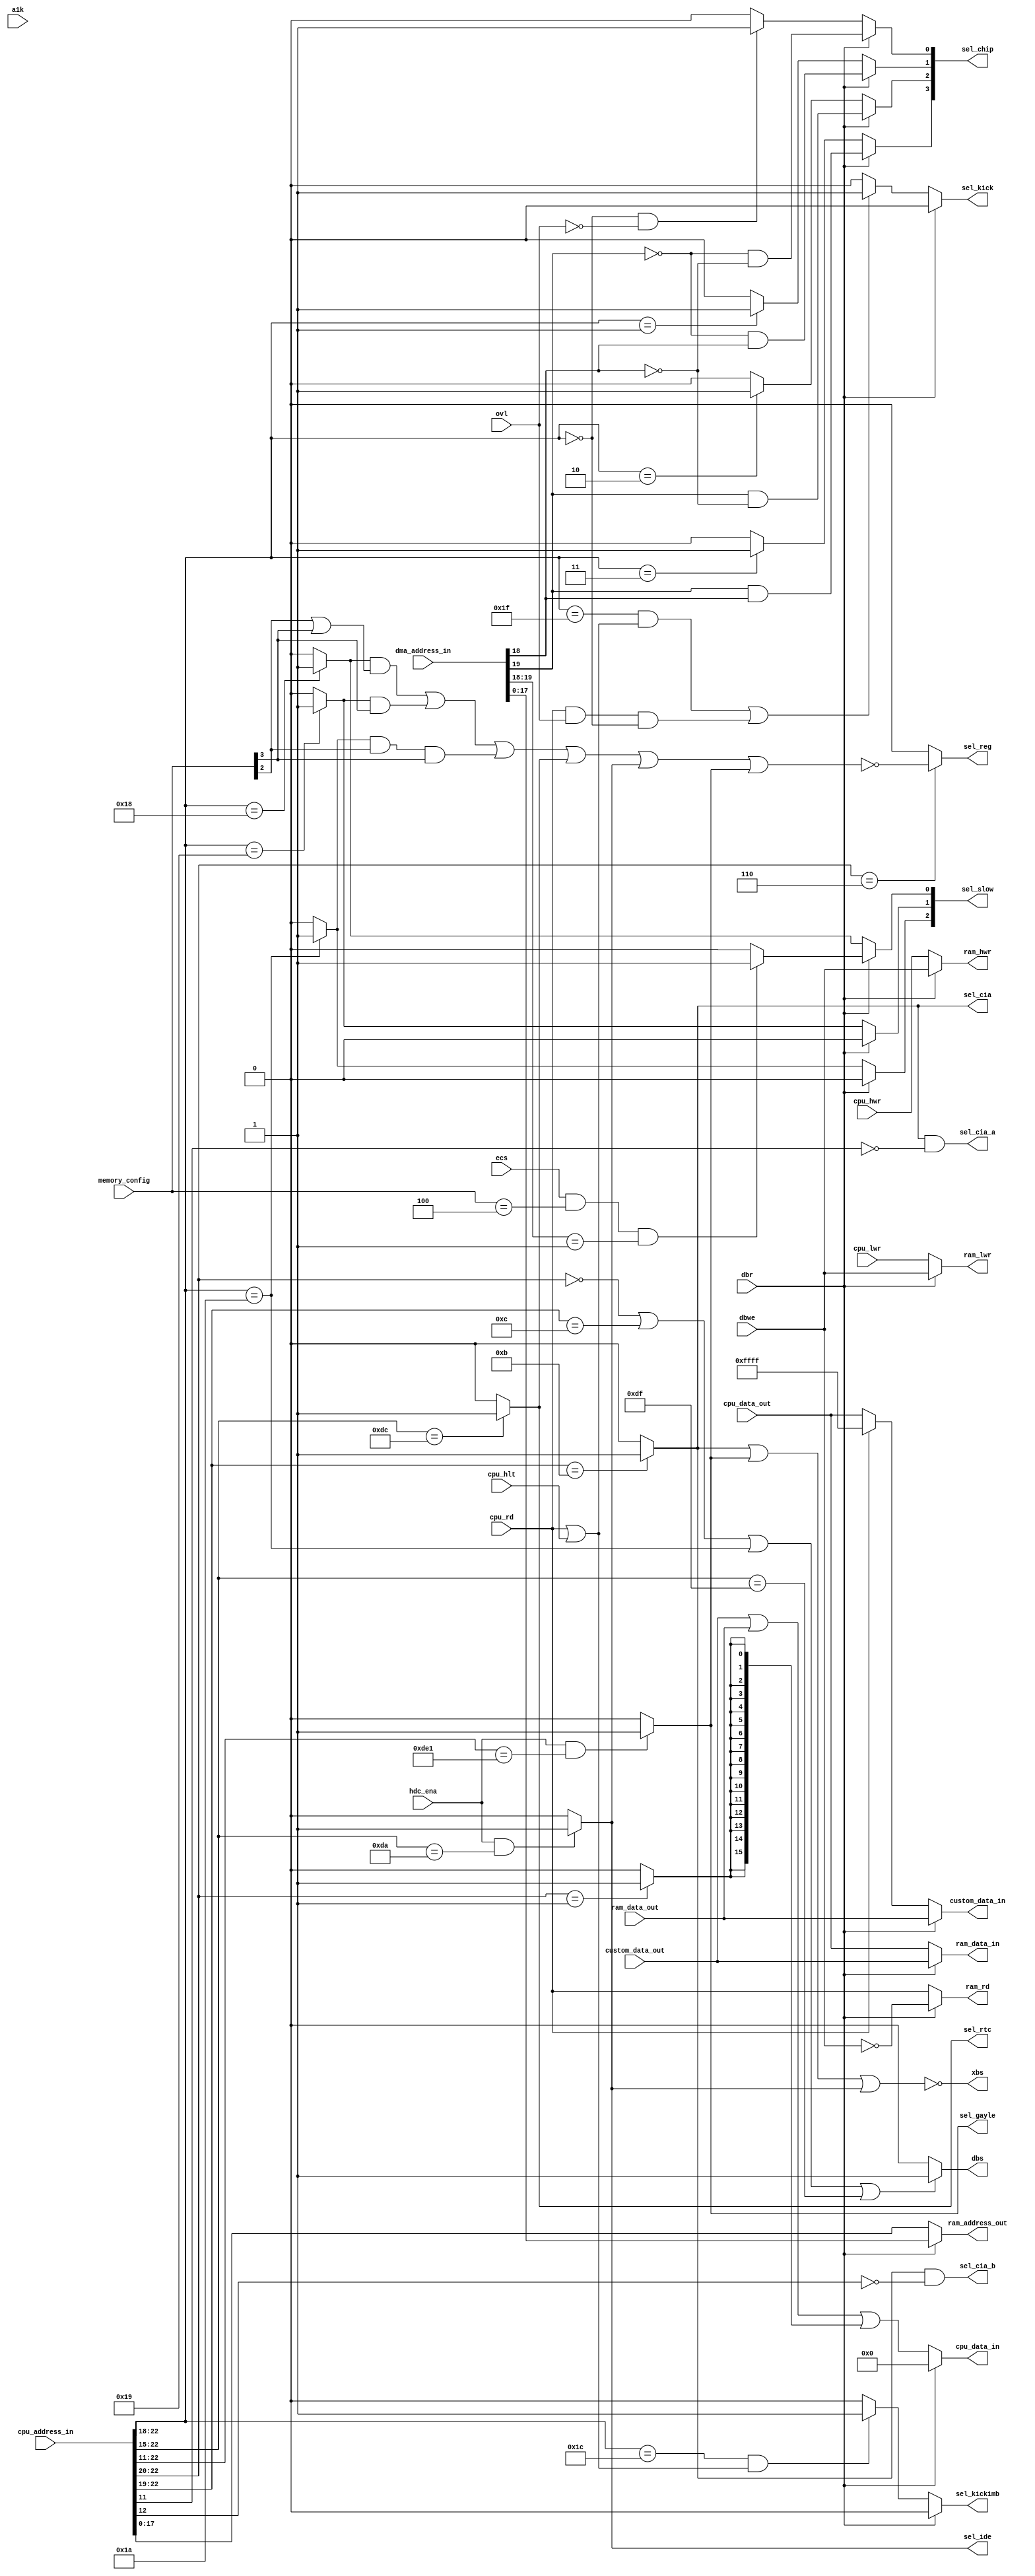
// Copyright 2006, 2007 Dennis van Weeren
//
// This file is part of Minimig
//
// Minimig is free software; you can redistribute it and/or modify
// it under the terms of the GNU General Public License as published by
// the Free Software Foundation; either version 3 of the License, or
// (at your option) any later version.
//
// Minimig is distributed in the hope that it will be useful,
// but WITHOUT ANY WARRANTY; without even the implied warranty of
// MERCHANTABILITY or FITNESS FOR A PARTICULAR PURPOSE.  See the
// GNU General Public License for more details.
//
// You should have received a copy of the GNU General Public License
// along with this program.  If not, see <http://www.gnu.org/licenses/>.
//
//
//
// This is Gary
// It is the equivalent of Gary in a real Amiga
// Gary handles the address decoding and cpu/chip bus multiplexing
// Gary handles kickstart area and bootrom overlay
// Gary handles CIA e clock synchronization
//
// 20-12-2005	- started coding
// 21-12-2005	- done more coding
// 25-12-2005	- changed blitter nasty handling
// 15-01-2006	- fixed sensitivity list
// 12-11-2006	- debugging for new Minimig rev1.0 board
// 17-11-2006	- removed debugging and added decode for $C0000 ram
// ----------
// JB:
// 2008-10-06	- added decoders for IDE and GAYLE register range
// 2008-10-15	- signal name change cpuok -> dbr
// 2009-05-23	- better timing model for CIA interface
// 2009-05-24	- clean-up & renaming
// 2009-05-25	- ram, cpu and custom chips bus multiplexer
// 2009-09-01	- fixed sel_kick
// 2010-08-15	- clean-up
//
// SB:
// 2010-10-18 - added special memory config like in A500 Rev.6 with 512kb + 512kb of memory
//
// AMR:
// 2012-03-23  - Added select for Akiko


module gary
(
	input 	[23:1] cpu_address_in,	//cpu address bus input
	input	[20:1] dma_address_in,	//agnus dma memory address input
	output	[18:1] ram_address_out, //ram address bus output
	input	[15:0] cpu_data_out,
	output	[15:0] cpu_data_in,
	input	[15:0] custom_data_out,
	output	[15:0] custom_data_in,
	input	[15:0] ram_data_out,
	output	[15:0] ram_data_in,
  input a1k,
	input	cpu_rd,					//cpu read
	input	cpu_hwr,				//cpu high write
	input	cpu_lwr,				//cpu low write
  input cpu_hlt,
	
	input	ovl,					//overlay kickstart rom over chipram
	input	dbr,					//Agns takes the bus
	input	dbwe,					//Agnus does a write cycle
	output	dbs,					//data bus slow down
	output	xbs,					//cross bridge select, active dbr prevents access
	
	input	[3:0] memory_config,	//selected memory configuration
  input ecs,            // ECS chipset enable
	input	hdc_ena,				//enables hdd interface
	
	output	ram_rd,					//bus read
	output	ram_hwr,				//bus high write
	output	ram_lwr,				//bus low write
	
	output 	sel_reg,  				//select chip register bank
	output 	reg [3:0] sel_chip, 	//select chip memory
	output	reg [2:0] sel_slow,		//select slowfast memory ($C0000)
	output 	reg sel_kick,		    //select kickstart rom
  output  reg sel_kick1mb, // 1MB kickstart rom 'upper' half
	output	sel_cia,				//select CIA space
	output 	sel_cia_a,				//select cia A
	output 	sel_cia_b, 				//select cia B
	output	sel_rtc,				//select $DCxxxx
	output	sel_ide,				//select $DAxxxx
	output	sel_gayle				//select $DExxxx
);

wire	[2:0] t_sel_slow;
wire	sel_xram;
wire	sel_bank_1; 				// $200000-$3FFFFF

//--------------------------------------------------------------------------------------

assign ram_data_in = dbr ? custom_data_out : cpu_data_out;

assign custom_data_in = dbr ? ram_data_out : cpu_rd ? 16'hFFFF : cpu_data_out;

assign cpu_data_in = dbr ? 16'h00_00 : custom_data_out | ram_data_out | {16{sel_bank_1}};

//read write control signals
assign ram_rd  = dbr ? ~dbwe : cpu_rd;
assign ram_hwr = dbr ?  dbwe : cpu_hwr;
assign ram_lwr = dbr ?  dbwe : cpu_lwr;

//--------------------------------------------------------------------------------------

// ram address multiplexer (512KB bank)		
assign ram_address_out = dbr ? dma_address_in[18:1] : cpu_address_in[18:1];

//--------------------------------------------------------------------------------------

//chipram, kickstart and bootrom address decode
always @(*)
begin
	if (dbr)//agnus only accesses chipram
	begin
		sel_chip[0] = ~dma_address_in[20] & ~dma_address_in[19];
		sel_chip[1] = ~dma_address_in[20] &  dma_address_in[19];
		sel_chip[2] =  dma_address_in[20] & ~dma_address_in[19];
		sel_chip[3] =  dma_address_in[20] &  dma_address_in[19];
		sel_slow[0] = ( ecs && memory_config==4'b0100 && dma_address_in[20:19]==2'b01) ? 1'b1 : 1'b0;
		sel_slow[1] = 1'b0;
		sel_slow[2] = 1'b0;
		sel_kick    = 1'b0;
    sel_kick1mb = 1'b0;
	end
	else
	begin
		sel_chip[0] = cpu_address_in[23:19]==5'b0000_0 && !ovl ? 1'b1 : 1'b0;
		sel_chip[1] = cpu_address_in[23:19]==5'b0000_1 ? 1'b1 : 1'b0;
		sel_chip[2] = cpu_address_in[23:19]==5'b0001_0 ? 1'b1 : 1'b0;
		sel_chip[3] = cpu_address_in[23:19]==5'b0001_1 ? 1'b1 : 1'b0;
		sel_slow[0] = t_sel_slow[0];
		sel_slow[1] = t_sel_slow[1];
		sel_slow[2] = t_sel_slow[2];
		sel_kick    = (cpu_address_in[23:19]==5'b1111_1 && (cpu_rd || cpu_hlt)) || (cpu_rd && ovl && cpu_address_in[23:19]==5'b0000_0) ? 1'b1 : 1'b0; //$F80000 - $FFFFF
    sel_kick1mb = (cpu_address_in[23:19]==5'b1110_0 && (cpu_rd || cpu_hlt)) ? 1'b1 : 1'b0; // $E00000 - $E7FFFF
	end
end

assign t_sel_slow[0] = cpu_address_in[23:19]==5'b1100_0 ? 1'b1 : 1'b0; //$C00000 - $C7FFFF
assign t_sel_slow[1] = cpu_address_in[23:19]==5'b1100_1 ? 1'b1 : 1'b0; //$C80000 - $CFFFFF
assign t_sel_slow[2] = cpu_address_in[23:19]==5'b1101_0 ? 1'b1 : 1'b0; //$D00000 - $D7FFFF

// 512kb extra rom area at $e0 and $f0 write able only at a1k chipset mode
//assign t_sel_slow[2] = (cpu_address_in[23:19]==5'b1110_0 || cpu_address_in[23:19]==5'b1111_0) && (a1k | cpu_rd) ? 1'b1 : 1'b0; //$E00000 - $E7FFFF & $F00000 - $F7FFFF

assign sel_xram = ((t_sel_slow[0] & (memory_config[2] | memory_config[3]))
        | (t_sel_slow[1] & memory_config[3])
        | (t_sel_slow[2] & memory_config[2] & memory_config[3]));


assign sel_ide = hdc_ena && cpu_address_in[23:16]==8'b1101_1010 ? 1'b1 : 1'b0;		//IDE registers at $DA0000 - $DAFFFF	

assign sel_gayle = hdc_ena && cpu_address_in[23:12]==12'b1101_1110_0001 ? 1'b1 : 1'b0;		//GAYLE registers at $DE1000 - $DE1FFF

assign sel_rtc = (cpu_address_in[23:16]==8'b1101_1100) ? 1'b1 : 1'b0;   //RTC registers at $DC0000 - $DCFFFF

assign sel_reg = cpu_address_in[23:21]==3'b110 ? ~(sel_xram | sel_rtc | sel_ide | sel_gayle) : 1'b0;		//chip registers at $DF0000 - $DFFFFF

assign sel_cia = cpu_address_in[23:20]==4'b1011 ? 1'b1 : 1'b0;

//cia a address decode
assign sel_cia_a = sel_cia & ~cpu_address_in[12];

//cia b address decode
assign sel_cia_b = sel_cia & ~cpu_address_in[13];


assign sel_bank_1 = cpu_address_in[23:21]==3'b001 ? 1'b1 : 1'b0;

//data bus slow down

assign dbs = cpu_address_in[23:21]==3'b000 || cpu_address_in[23:20]==4'b1100 || cpu_address_in[23:19]==5'b1101_0 || cpu_address_in[23:16]==8'b1101_1111 ? 1'b1 : 1'b0;

assign xbs = ~(sel_cia | sel_gayle | sel_ide);

endmodule